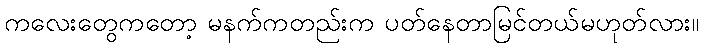
ကလေးတွေကတော့ မနက်ကတည်းက ပတ်နေတာမြင်တယ်မဟုတ်လား။